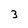
Character: 3